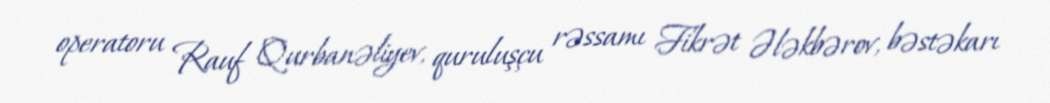
operatoru Rauf Qurbanəliyev, quruluşçu rəssamı Fikrət Ələkbərov, bəstəkarı